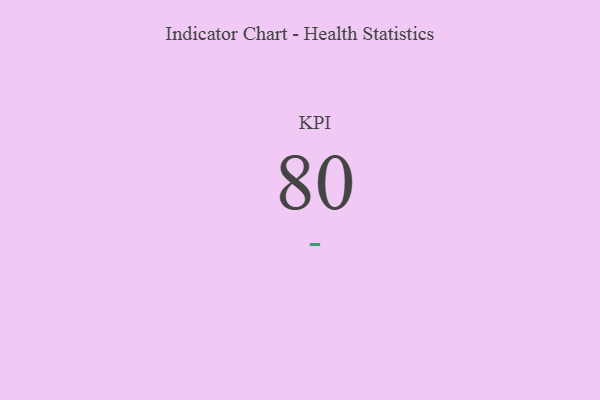
{"axis": {"x": "KPI", "y": "Value"}, "legend": [""], "data": [{"x": "KPI", "y": 80, "type": ""}]}